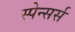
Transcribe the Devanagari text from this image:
स्पेन्सर्स